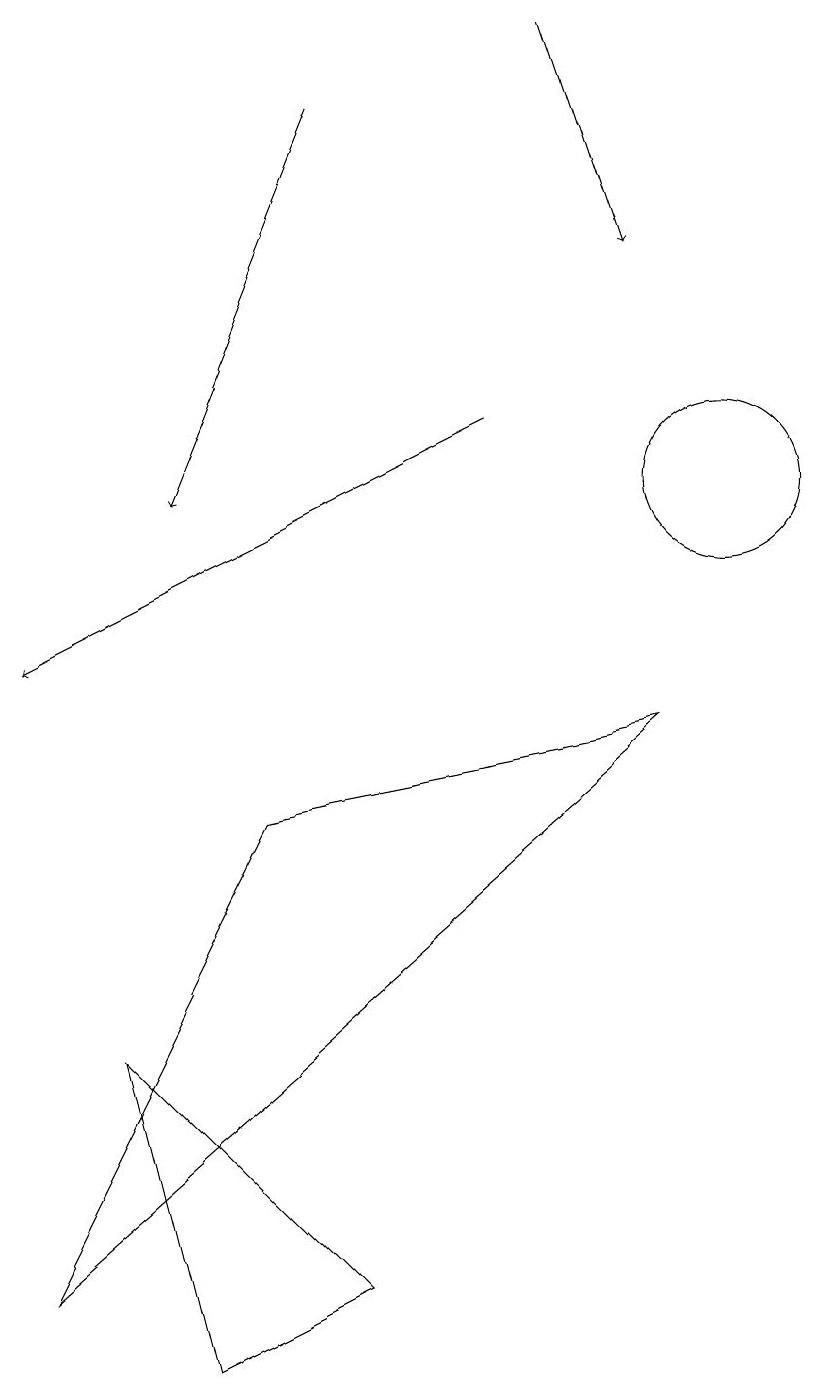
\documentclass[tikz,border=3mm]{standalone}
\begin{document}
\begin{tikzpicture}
\draw[->] (8,18) -- (9,15);
\draw (9,9) -- (1,2) -- (4,8) -- cycle;
\draw (10,12) circle (1);
\draw[->] (5,17) -- (3,12);
\draw (3,1) -- (2,5) -- (5,2) -- cycle;
\draw[->] (7,13) -- (1,10);
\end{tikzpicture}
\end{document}